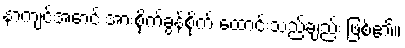
နာကျင်အောင် အားစိုက်ခွန်စိုက် ထောင်းသည်ချည်း ဖြစ်၏။